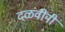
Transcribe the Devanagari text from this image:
दळवींनी